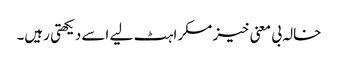
خالہ بی معنی خیز مسکراہٹ لیے اسے دیکھتی رہیں۔